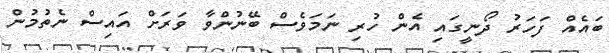
ބައެއް ފަހަރު ދޯނީގައި އެން ހުރި ނަމަވެސް ބޭނުންވާ ވަރަށް އައިސް ނެތުމުން